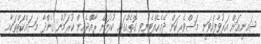
ޝައިނީއަށް އަރުވާފައިވަނީ މަސްވެރިކަން ދެމެހެއްޓެނިވި ގޮތެއްގައި ކުރުމަށް ރާއްޖެއިން ކުރަމުން ގެންދާ މަސައްކަތްތަކާއި